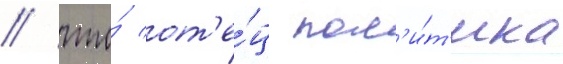
/ что́ от'е́ц пол'и́т'ика